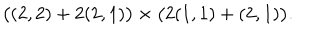
LaTeX: \big ( ( 2 , 2 ) + 2 ( 2 , 1 ) \big ) \times \big ( 2 ( 1 , 1 ) + ( 2 , 1 ) \big ) .